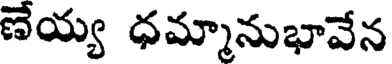
ణేయ్య ధమ్మానుభావేన